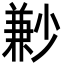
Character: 㝺